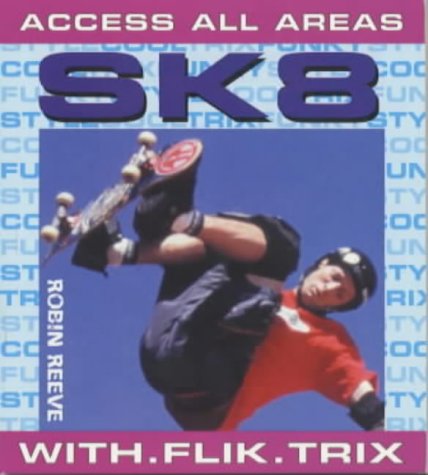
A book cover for SK8 (Access All Areas); Robin Reeve; Sports & Outdoors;